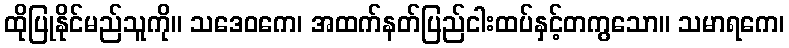
ထိုပြုနိုင်မည်သူကို။ သဒေဝကေ၊ အထက်နတ်ပြည်ငါးထပ်နှင့်တကွသော။ သမာရကေ၊